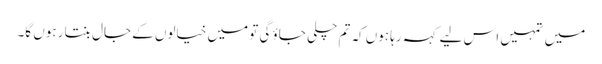
میں تمہیں اس لیے کہہ رہا ہوں کہ تم چلی جاؤ گی تو میں خیالوں کے جال بنتا رہوں گا۔